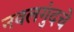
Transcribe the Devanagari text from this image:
नवलगुंदचे